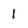
Character: 1